Calcutta medical institutions reports 1892-1900
Year: 1892
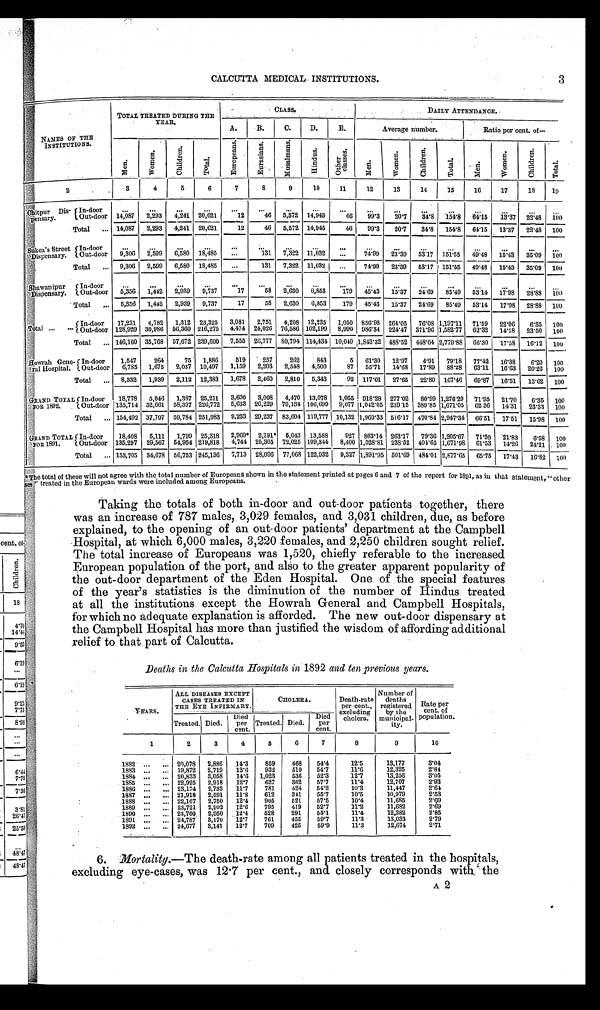
CALCUTTA MEDICAL INSTITUTIONS.
NAMES OF THE
INSTITUTIONS.
TOTAL TREATED DURING THE
YEAR.
CLASS.
DAILY ATTENDANCE.
A. B. C. D. E.
Average number.
Ratio per cent. of —
M e n .
Women. C h i l d r e n .
T o t a l .
E u r o
p e a n s .
E u r a s i a n s . M u s a l m a n s .
H i n d u s .
O t h e r c l a s s e s .
M e n .
W o m e n .
C h i d r e n .
T o t a l .
M e n . Women.
C h i l d r e n .
T o t a l .
2
3 4 5 6 7 8 9 10 11 12 13 14 15 16 17 18 19
Chitpur Dis-
pensary.
In-door
. . . . . .
. . .
. . . . . . . . .
... ... ...
. . . . . .
. . . . . . . . . ...
. . . . . .
Out-door 14, 087 2, 293 4,241 29,621 12 46 5, 572 14,945 46 9 9 . 3 20.7
3 4 . 8
1 5 4 . 8 64. 15 13.37 22 . 4 8 100
Total ... 14, 087 2, 293 4, 241 20,621 12 46 5, 572 14, 945 46 99. 3 20.7 34.8 154.8 64. 15 13.37 22.48 100
Sukea' s Street
Dispensary. In-door
. . . ...
. . .
. . . . . .
. . . ... ...
. . .
. . .
. . .
. . .
. . . . . . ...
. . . . . .
Out-door 9, 306 2, 599 6,580 18,485 ... 131 7,22 11,032 . . . 7 74. 99 23.39 53.17 151. 55
4 9 . 4 8 15.43 35. 09 1 0 0
Total ... 9, 306 2, 599 6, 580 18, 485 ... 131 7, 322 11, 032 ... 74. 99 23.39 53.17 151. 55 49. 48 15.43 35. 09 100
Bhawanipur
Dispensary. In-door
. . . ...
. . .
. . . ...
. . . ... ...
. . .
. . . . . .
. . . . . .
. . . ...
. . . . . .
Out-door
5 , 3 5 6 1,442 2,939 9,737 17 58 2,630 6,853 179 45. 43 15.37
2 4 . 6 9 8 5 . 4 9 53. 14 17.98 2 8 . 8 8 100
Total ... 5, 356 1,442 2, 939 9, 737 17 58 2, 630 6, 853 179 45. 43 15.37 24.69 85.49 53. 14 17.98 28. 88 100
Total ... ...
In-door 17, 231 4, 782 1, 312 23, 325 3, 081 2, 751 4, 208 12, 235 1, 050 856. 98 264.05 76.08 1,197.11 71. 59 22.06 6. 35 100
Out-door 128, 929 30, 986 56, 360 216, 275 4, 474 24, 026 76, 586 102, 199 8, 990 986. 34 224.47 371.96 1,582.77 62. 32 14.18 23. 50 100
Total ... 146, 160 35, 768
5 7 , 6 7 2 239,600 7, 555 26,777 80, 794 114, 434 10, 040 1, 843. 32 488.52 448.04 2,779.88 66. 30 17.58 16. 12 100
Howrah Gene-
ral Hospital. In-door 1, 547 264 75 1, 886 519 257 262 843 5 61. 30 12.97 4.91 79.18 77. 42 16.38 6 . 2 0 100
Out-door 6, 785 1, 676 2, 037 10, 497 1, 159 2, 203 2, 548 4, 500 87 55. 71 14.68 17.89 88.28 63. 11 16.63 20. 26 100
Total . . . 8, 332 1, 939 2, 112 12, 383 1, 678 2, 460 2, 810 5, 343 92 117. 01 27.65 22.80 167.46 69. 87 16.51 13. 62 100
GRAND TOTAL
FOR 1892. In-door 18, 778 5, 046 1, 387 25, 211 3, 600 3, 008 4, 470 13, 078 1, 055 918. 28 277.02 80.99 1, 276. 29 71. 95 21.70 6.35 100
Out-door 135, 714 32, 661 58,397 226, 772 5, 633 26, 229 79, 134 106, 699 9, 077 1,042.05 239.15 389.85 1,671.05 62. 36 14.31 23. 33 100
Total ... 154, 492 37, 707 59, 784 251, 983 9, 233 29, 237 83, 604 119, 777 10, 132 1,960.33 516.17 470.84 2,947.34 66. 51 17.51 15. 98 100
GRAND TOTAL
FOR 1891. In-door 18, 408 5, 111 1, 799 25, 318 2, 969* 2, 791* 5, 043 13, 588 927 863.14 263.17 79.36 1,205.67 71. 59 21.83 6. 58 100
Out-door 135, 297 29, 567 54, 954 219, 818 4, 744 25, 305 72, 025 109, 344 8, 400 1,028.81 238.52 404.65 1,671.98 61. 53 14.26 24. 21 100
Total ... 153, 705 34,678 56, 753 245, 136 7, 713 28, 096 77, 068 122, 932 9, 327 1,891.95 501.69 484.01 2,877.65 65. 75 17.43 16.82 100
* The total of these will not agree with the total number of Europeans shown in the statement printed at pages 6 and 7 of the report for 1891, as in that statement, "other
ses" treated in the European wards were included among Europeans.
Taking the totals of both in-door and out-door patients together, there
was an increase of 787 males, 3,029 females, and 3,031 children, due, as before
explained, to the opening of an out-door patients' department at the Campbell
Hospital, at which 6,000 males, 3,220 females, and 2,250 children sought relief.
The total increase of Europeans was 1,520, chiefly referable to the increased
European population of the port, and also to the greater apparent popularity of
the out-door department of the Eden Hospital. One of the special features
of the year's statistics is the diminution of the number of Hindus treated
at all the institutions except the Howrah General and Campbell Hospitals,
for which no adequate explanation is afforded. The new out-door dispensary at
the Campbell Hospital has more than justified the wisdom of affording additional
relief to that part of Calcutta.
Deaths in the Calcutta Hospitals in 1892 and ten previous years.
YEARS.
ALL DISEASES EXCEPT
CASES TREATED IN
THE EYE INFIRMARY.
CHOLERA.
Death-rate per cent.,
excluding cholera.
Number of
deaths
registered by the
municipal- ity.
Rate per
cent. of
population.
Treated. Died. Died per
cent. Treated. Died. Died per
cent.
1
2 3 4 5 6 7
8
9
10
1882 ... ... 20, 078 2, 886 14. 3 859 468 54.4 1 2 . 5
13, 177 3 . 0 4
1883 ... ... 19, 872 2, 719 13. 6 932 510 54. 7 1 1 . 6
12, 325 2 . 8 4
1884 ... ... 20, 833 3, 058 14. 6 1, 023 536 52. 3 1 2 . 7
13, 256 3 . 0 5
1885 ... ... 22, 925 2, 918 12. 7 627 362 57. 7 11. 4
12, 707 2 . 9 3
1886 ... ... 23, 174 2, 733 11. 7 781 424 54.2 1 0 . 3
11, 447 2 . 6 4
1887 ... ... 21, 918 2, 591 11. 8 612 341 55.7 1 0 . 5
10, 979 2 . 5 3
1888 ... ... 22, 167 2, 750 12. 4 905 521
5 7 . 5 1 0 . 4
11, 685 2 . 6 9
1889 ... ... 23, 721 2, 992 12. 6 795 419 52.7 1 1 . 2
11, 682 2 . 6 9
1890 ... ... 23, 760 2, 950 12. 4 528 291 55.1 1 1 . 4
12, 382 2 . 8 5
1891 ... ... 24, 787 3, 170 12. 7 761 455
5 9 . 7 1 1 . 3
13, 033 2 . 7 9
1892 ... . . . 24, 677 3, 141 12. 7 709 425 59.9 1 1 . 3
12, 674 2 . 7 1
6. Mortality. —The death-rate among all patients treated in the hospitals,
excluding eye-cases, was 12.7 per cent., and closely corresponds with the
3
A 2